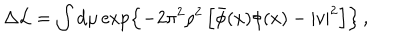
\Delta { \cal L } = \int \mathrm { d } \mu \exp \left\{ - 2 \pi ^ { 2 } \rho ^ { 2 } \left[ \bar { \phi } ( x ) \phi ( x ) - | v | ^ { 2 } \right] \right\} \, ,